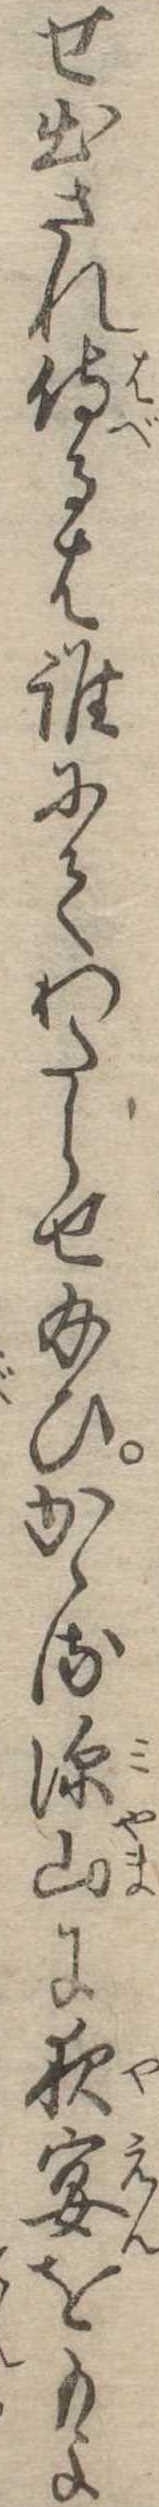
せ出され侍るは誰にてわたらせ給ひかゝる深山に夜宴をもよ